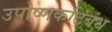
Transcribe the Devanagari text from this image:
उपोष्णकटिबंध